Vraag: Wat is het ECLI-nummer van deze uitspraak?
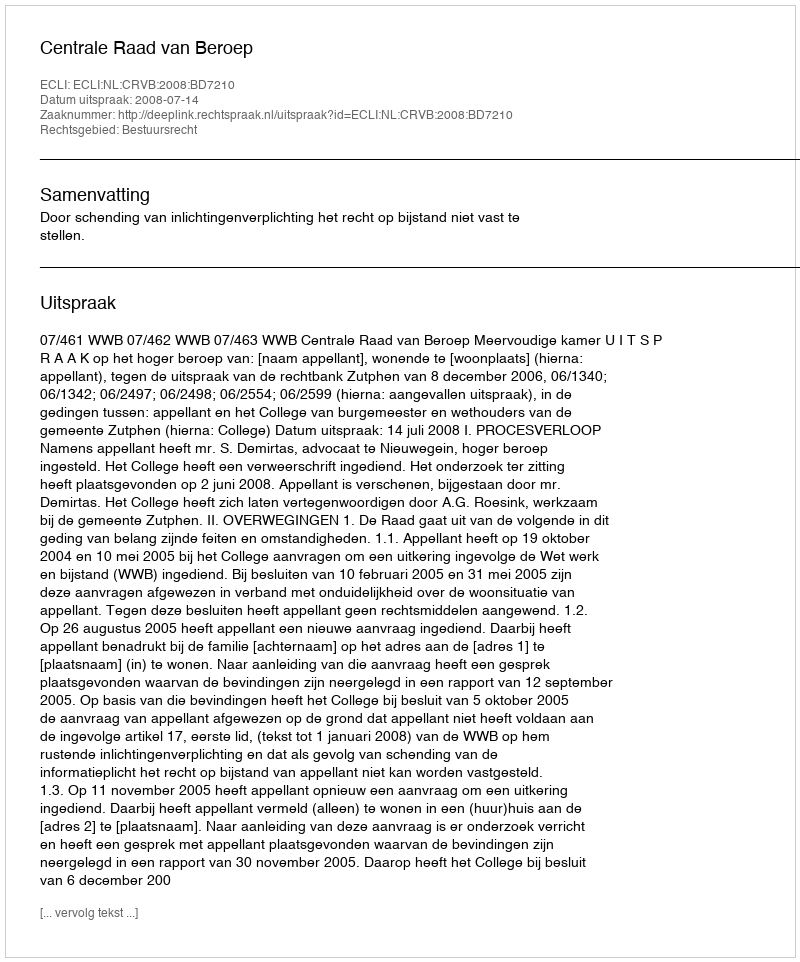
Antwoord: ECLI:NL:CRVB:2008:BD7210